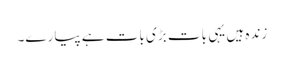
زندہ ہیں یہی بات بڑی بات ہے پیارے۔